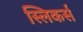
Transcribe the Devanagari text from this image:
स्लिकर्स